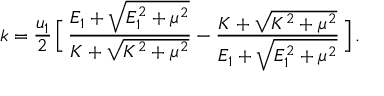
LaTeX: k = { \frac { u _ { 1 } } { 2 } } \, \Big [ \, { \frac { { \cal E } _ { 1 } + \sqrt { { \cal E } _ { 1 } ^ { 2 } + \mu ^ { 2 } } } { K + \sqrt { K ^ { 2 } + \mu ^ { 2 } } } } - { \frac { K + \sqrt { K ^ { 2 } + \mu ^ { 2 } } } { { \cal E } _ { 1 } + \sqrt { { \cal E } _ { 1 } ^ { 2 } + \mu ^ { 2 } } } } \, \Big ] \, .